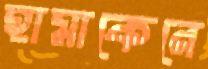
হামাকেরে